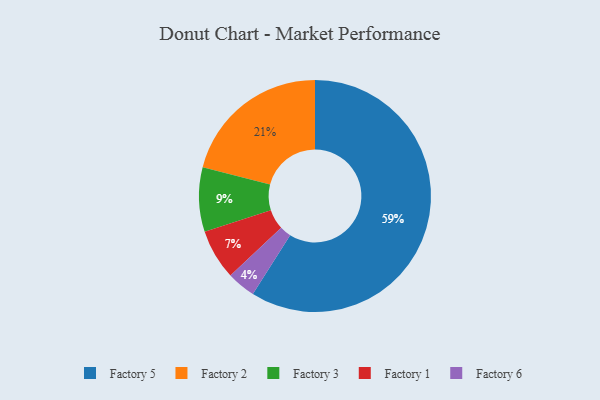
{"axis": {"x": "Category", "y": "Percentage"}, "legend": ["Factory 1", "Factory 2", "Factory 3", "Factory 5", "Factory 6"], "data": [{"x": "Factory 2", "y": 21, "type": "Factory 2"}, {"x": "Factory 1", "y": 7, "type": "Factory 1"}, {"x": "Factory 3", "y": 9, "type": "Factory 3"}, {"x": "Factory 6", "y": 4, "type": "Factory 6"}, {"x": "Factory 5", "y": 59, "type": "Factory 5"}]}